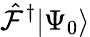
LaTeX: {\hat{\mathcal{F}}^{\dagger}|\Psi_{0}\rangle}